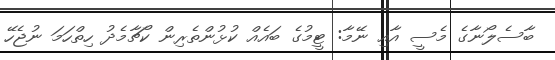
ބާސެލޯނާގެ މެސީ އާއި ނޭމާ: ޓީމުގެ ބައެއް ކުޅުންތެރިން ކޯޗާމެދު ހިތްހަމަ ނުޖެހޭ